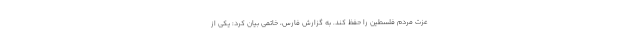
عزت مردم فلسطین را حفظ کند. به گزارش فارس، خاتمی بیان کرد: یکی از